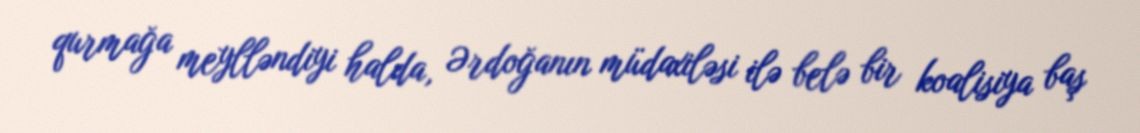
qurmağa meylləndiyi halda, Ərdoğanın müdaxiləsi ilə belə bir koalisiya baş